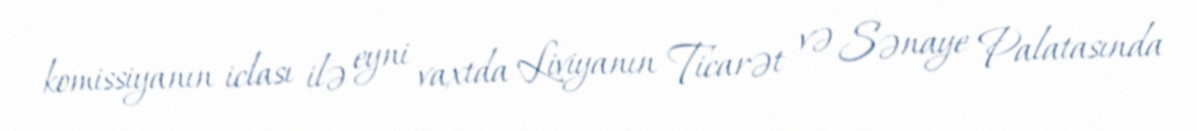
komissiyanın iclası ilə eyni vaxtda Liviyanın Ticarət və Sənaye Palatasında